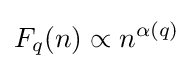
F_{q}(n)\propto n^{\alpha (q)}